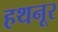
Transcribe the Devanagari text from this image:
हथनूर